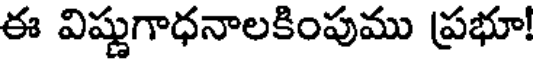
ఈ విష్ణుగాధనాలకింపుము ప్రభూ!